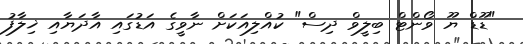
"ޑޫޑް ޔޫ ވޯންޓް ބިލީވް ދިސް" ކުއްލިއަކަށް ނާވީގެ އަޑުގައި އާދަޔާއި ޚިލާފު